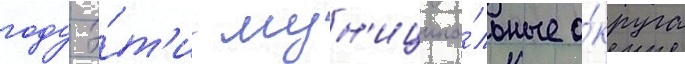
году э́т'и мун'иципа́льные о́круга